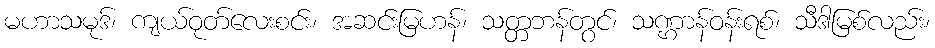
မဟာသမုဒ်၊ ကျယ်ဝုတ်လေးစင်း၊ အဆင်းမြဟန်၊ သတ္တဘန်တွင်၊ သဏ္ဌာန်ဝန်းရစ်၊ သီဒါမြစ်လည်း၊